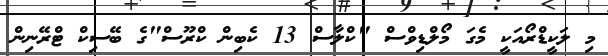
މި ލަކީޑްރޯއަކީ މެގަ މޯލްޑިވްސް "ކްލާސް 13 ކެބިން ކްރޫސް"ގެ ބޭސިކް ޓްރޭނިން